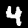
Label: 4